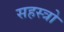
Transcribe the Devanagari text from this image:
सहस्त्रो